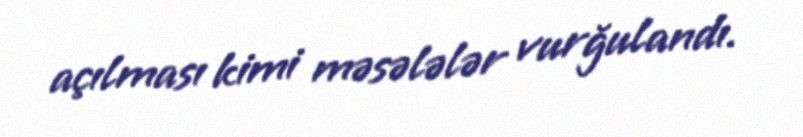
açılması kimi məsələlər vurğulandı.